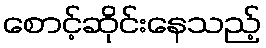
စောင့်ဆိုင်းနေသည့်